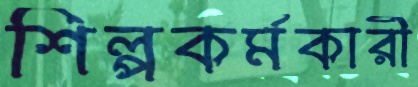
শিল্পকর্মকারী